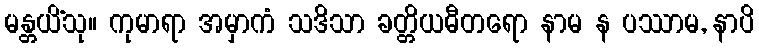
မန္တယိံသု။ ကုမာရာ အမှာကံ သဒိသာ ခတ္တိယဓီတရော နာမ န ပဿာမ, နာပိ